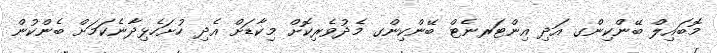
މޮބައިލް ބޭންކިންގ އަދި އިންޓަރނެޓް ބޭންކިންގ މެދުވެރިކޮށް މިކާޑަށް އެދި ހުށަހެޅިދާނެކަމަށް ބެންކުން